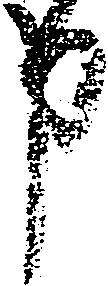
申